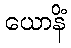
ယောနိံ